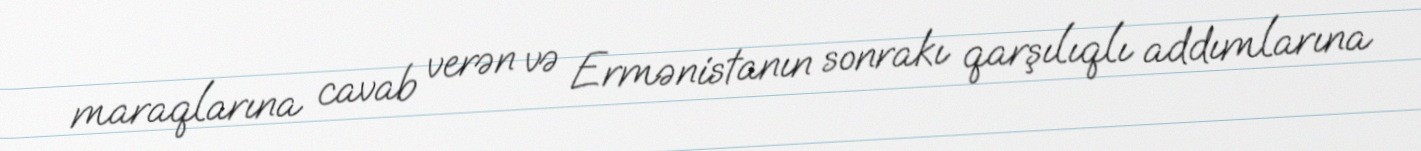
maraqlarına cavab verən və Ermənistanın sonrakı qarşılıqlı addımlarına